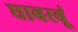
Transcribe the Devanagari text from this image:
घाबरवूं